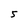
Character: 5